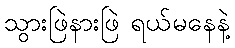
သွားဖြဲနားဖြဲ ရယ်မနေနဲ့